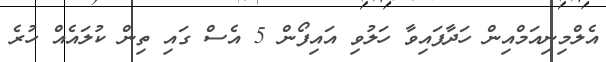
އެލްމިނިއަމްއިން ހަދާފައިވާ ހަލުވި އައިފޯން 5 އެސް ގައި ތިން ކުލައެއް ހުރެ